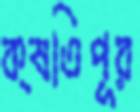
ক্ষতিপূর